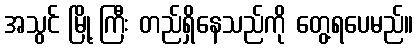
အသွင် မြို့ ကြီး တည်ရှိနေသည်ကို တွေ့ရပေမည်။